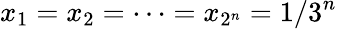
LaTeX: x_{1}=x_{2}=\cdots=x_{2^{n}}=1/3^{n}